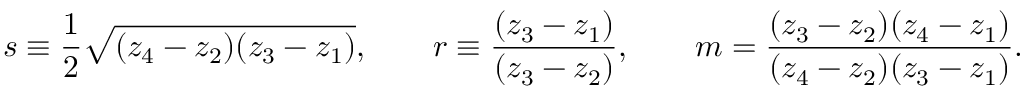
\begin{array} { l } { \displaystyle { s \equiv \frac { 1 } { 2 } \sqrt { ( z _ { 4 } - z _ { 2 } ) ( z _ { 3 } - z _ { 1 } ) } , \qquad r \equiv \frac { ( z _ { 3 } - z _ { 1 } ) } { ( z _ { 3 } - z _ { 2 } ) } , \qquad m = \frac { ( z _ { 3 } - z _ { 2 } ) ( z _ { 4 } - z _ { 1 } ) } { ( z _ { 4 } - z _ { 2 } ) ( z _ { 3 } - z _ { 1 } ) } . } } \end{array}